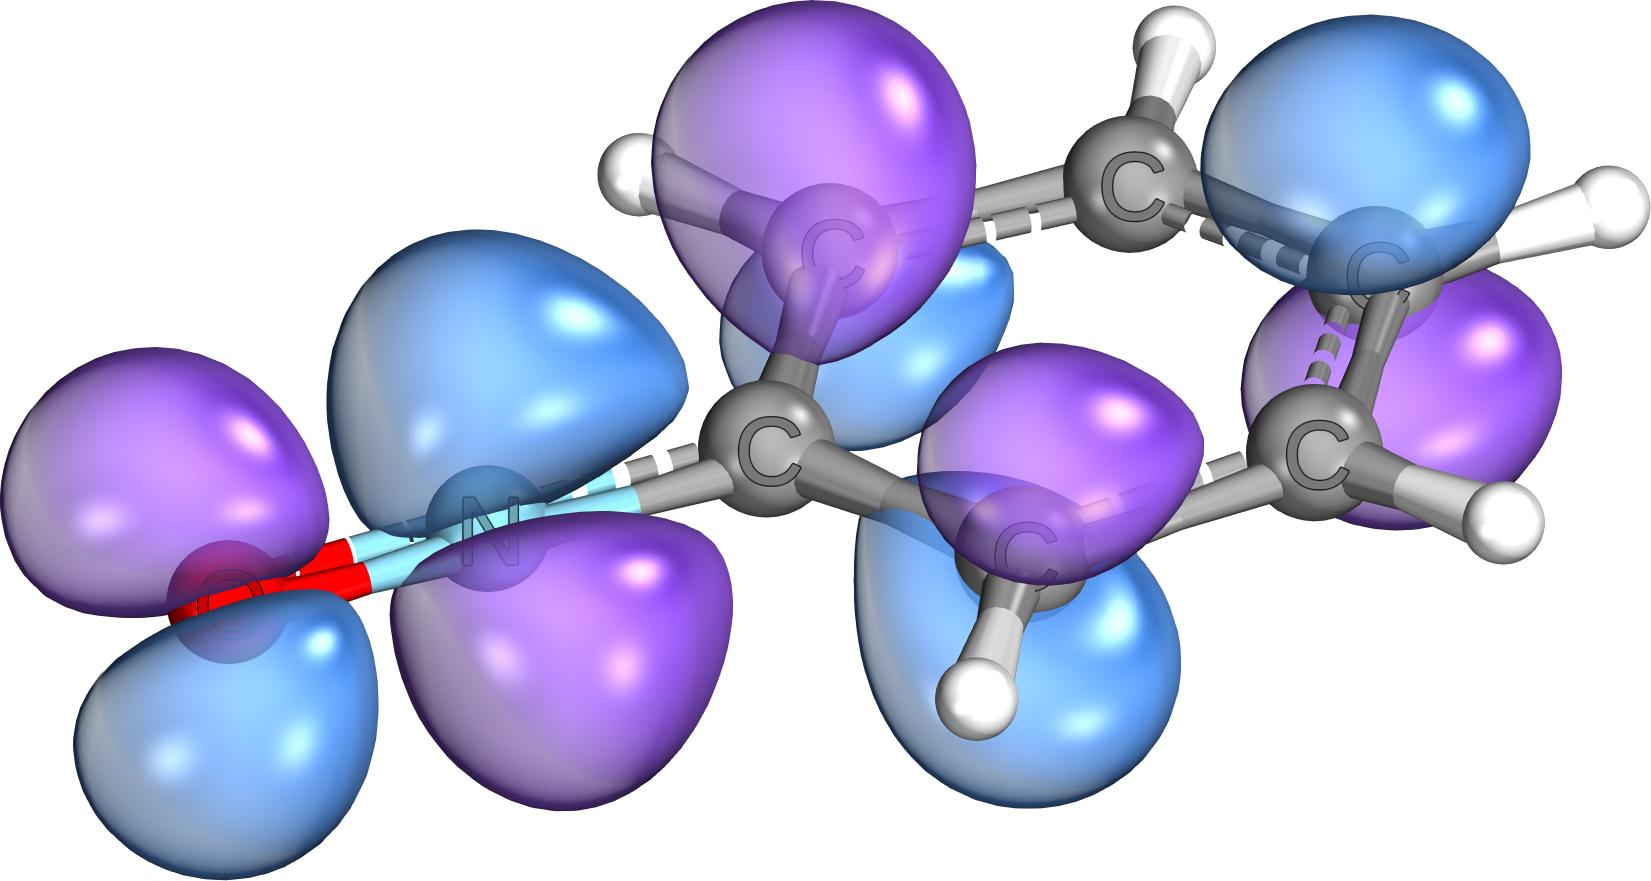
iboview, orbital